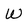
Character: W